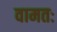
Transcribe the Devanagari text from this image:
वामतः